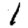
Digit: 1